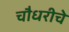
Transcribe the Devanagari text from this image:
चौधरीचे